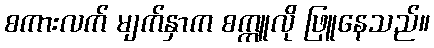
စကားလက် မျက်နှာက စက္ကူလို ဖြူနေသည်။